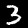
Label: 3